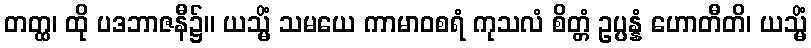
တတ္ထ၊ ထို ပဒဘာဇနီ၌။ ယသ္မိံ သမယေ ကာမာဝစရံ ကုသလံ စိတ္တံ ဥပ္ပန္နံ ဟောတီတိ၊ ယသ္မိံ